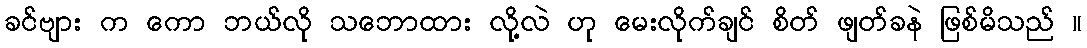
ခင်ဗျား က ကော ဘယ်လို သဘောထား လို့လဲ ဟု မေးလိုက်ချင် စိတ် ဖျတ်ခနဲ ဖြစ်မိသည် ။